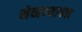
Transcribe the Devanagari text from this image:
मेव्हण्याच्या